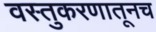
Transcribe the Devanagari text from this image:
वस्तुकरणातूनच